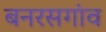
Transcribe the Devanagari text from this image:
बनरसगांव